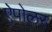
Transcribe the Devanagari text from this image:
ऐपोलर